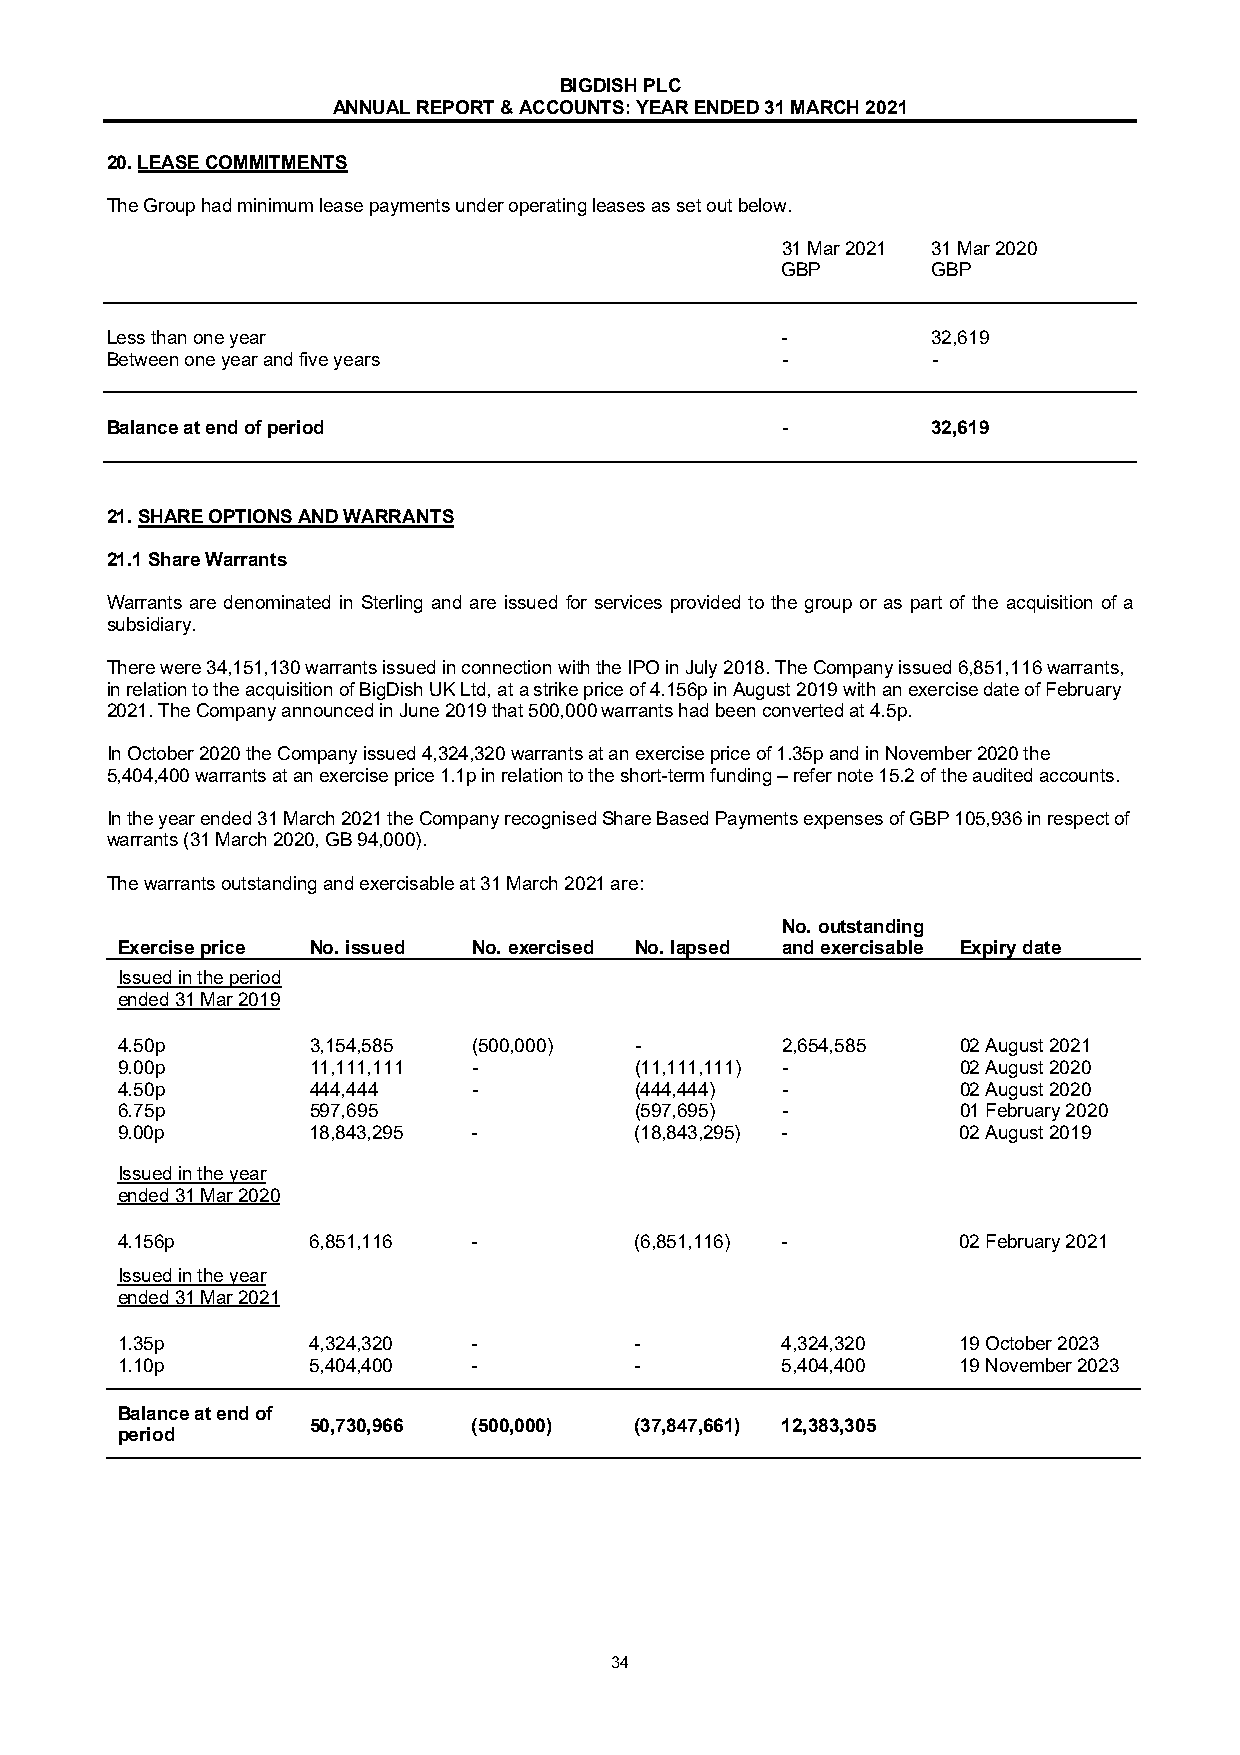
BIGDISH PLC
 ANNUAL REPORT & ACCOUNTS: YEAR ENDED 31 MARCH 2021
 20. LEASE COMMITMENTS
 The Group had minimum lease payments under operating leases as set out below.
 31 Mar 2021 31 Mar 2020
 GBP       GBP
 Less than one year                           -         32,619
 Between one year and five years              -         -
 Balance at end of period                     -         32,619
 21. SHARE OPTIONS AND WARRANTS
 21.1 Share Warrants
 Warrants are denominated in Sterling and are issued for services provided to the group or as part of the acquisition of a
 subsidiary.
 There were 34,151,130 warrants issued in connection with the IPO in July 2018. The Company issued 6,851,116 warrants,
 in relation to the acquisition of BigDish UK Ltd, at a strike price of 4.156p in August 2019 with an exercise date of February
 2021. The Company announced in June 2019 that 500,000 warrants had been converted at 4.5p.
 In October 2020 the Company issued 4,324,320 warrants at an exercise price of 1.35p and in November 2020 the
 5,404,400 warrants at an exercise price 1.1p in relation to the short-term funding – refer note 15.2 of the audited accounts.
 In the year ended 31 March 2021 the Company recognised Share Based Payments expenses of GBP 105,936 in respect of
 warrants (31 March 2020, GB 94,000).
 The warrants outstanding and exercisable at 31 March 2021 are:
 No. outstanding
 Exercise price No. issued No. exercised No. lapsed and exercisable Expiry date
 Issued in the period
 ended 31 Mar 2019
 4.50p       3,154,585  (500,000)  -         2,654,585   02 August 2021
 9.00p       11,111,111 -          (11,111,111) -        02 August 2020
 4.50p       444,444    -          (444,444) -           02 August 2020
 6.75p       597,695               (597,695) -           01 February 2020
 9.00p       18,843,295 -          (18,843,295) -        02 August 2019
 Issued in the year
 ended 31 Mar 2020
 4.156p      6,851,116  -          (6,851,116) -         02 February 2021
 Issued in the year
 ended 31 Mar 2021
 1.35p       4,324,320  -          -         4,324,320   19 October 2023
 1.10p       5,404,400  -          -         5,404,400   19 November 2023
 Balance at end of
 50,730,966 (500,000)  (37,847,661) 12,383,305
 period
 34